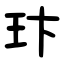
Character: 玣